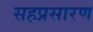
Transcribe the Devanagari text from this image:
सहप्रसारण